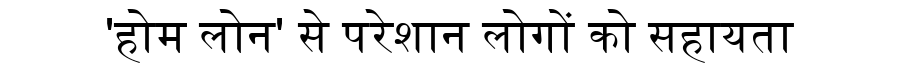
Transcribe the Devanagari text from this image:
'होम लोन' से परेशान लोगों को सहायता